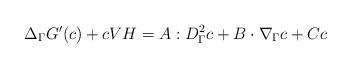
LaTeX: \begin{align*}\Delta_\Gamma G'(c) + cVH&= A : D_\Gamma^2 c + B \cdot \nabla_\Gamma c + Cc\end{align*}